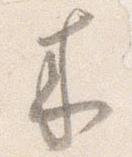
来